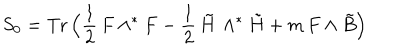
LaTeX: S _ { 0 } = \mathrm { T r } \, \Bigl ( \frac { 1 } { 2 } \, F \wedge ^ { \ast } F - \frac { 1 } { 2 } \, \tilde { H } \, \wedge ^ { \ast } { \tilde { H } } + m \, F \wedge \tilde { B } \Bigr )